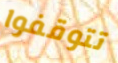
تتوقفوا